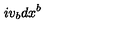
i v _ { b } d x ^ { b }